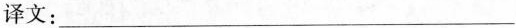
译文：____